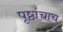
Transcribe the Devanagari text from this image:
पृष्ठांचाच